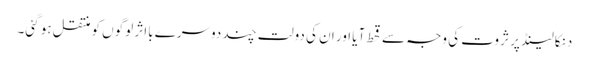
دنکالینڈ پر ثروت کی وجہ سے قحط آیا اور ان کی دولت چند دوسرے بااثر لوگوں کو منتقل ہو گئی۔